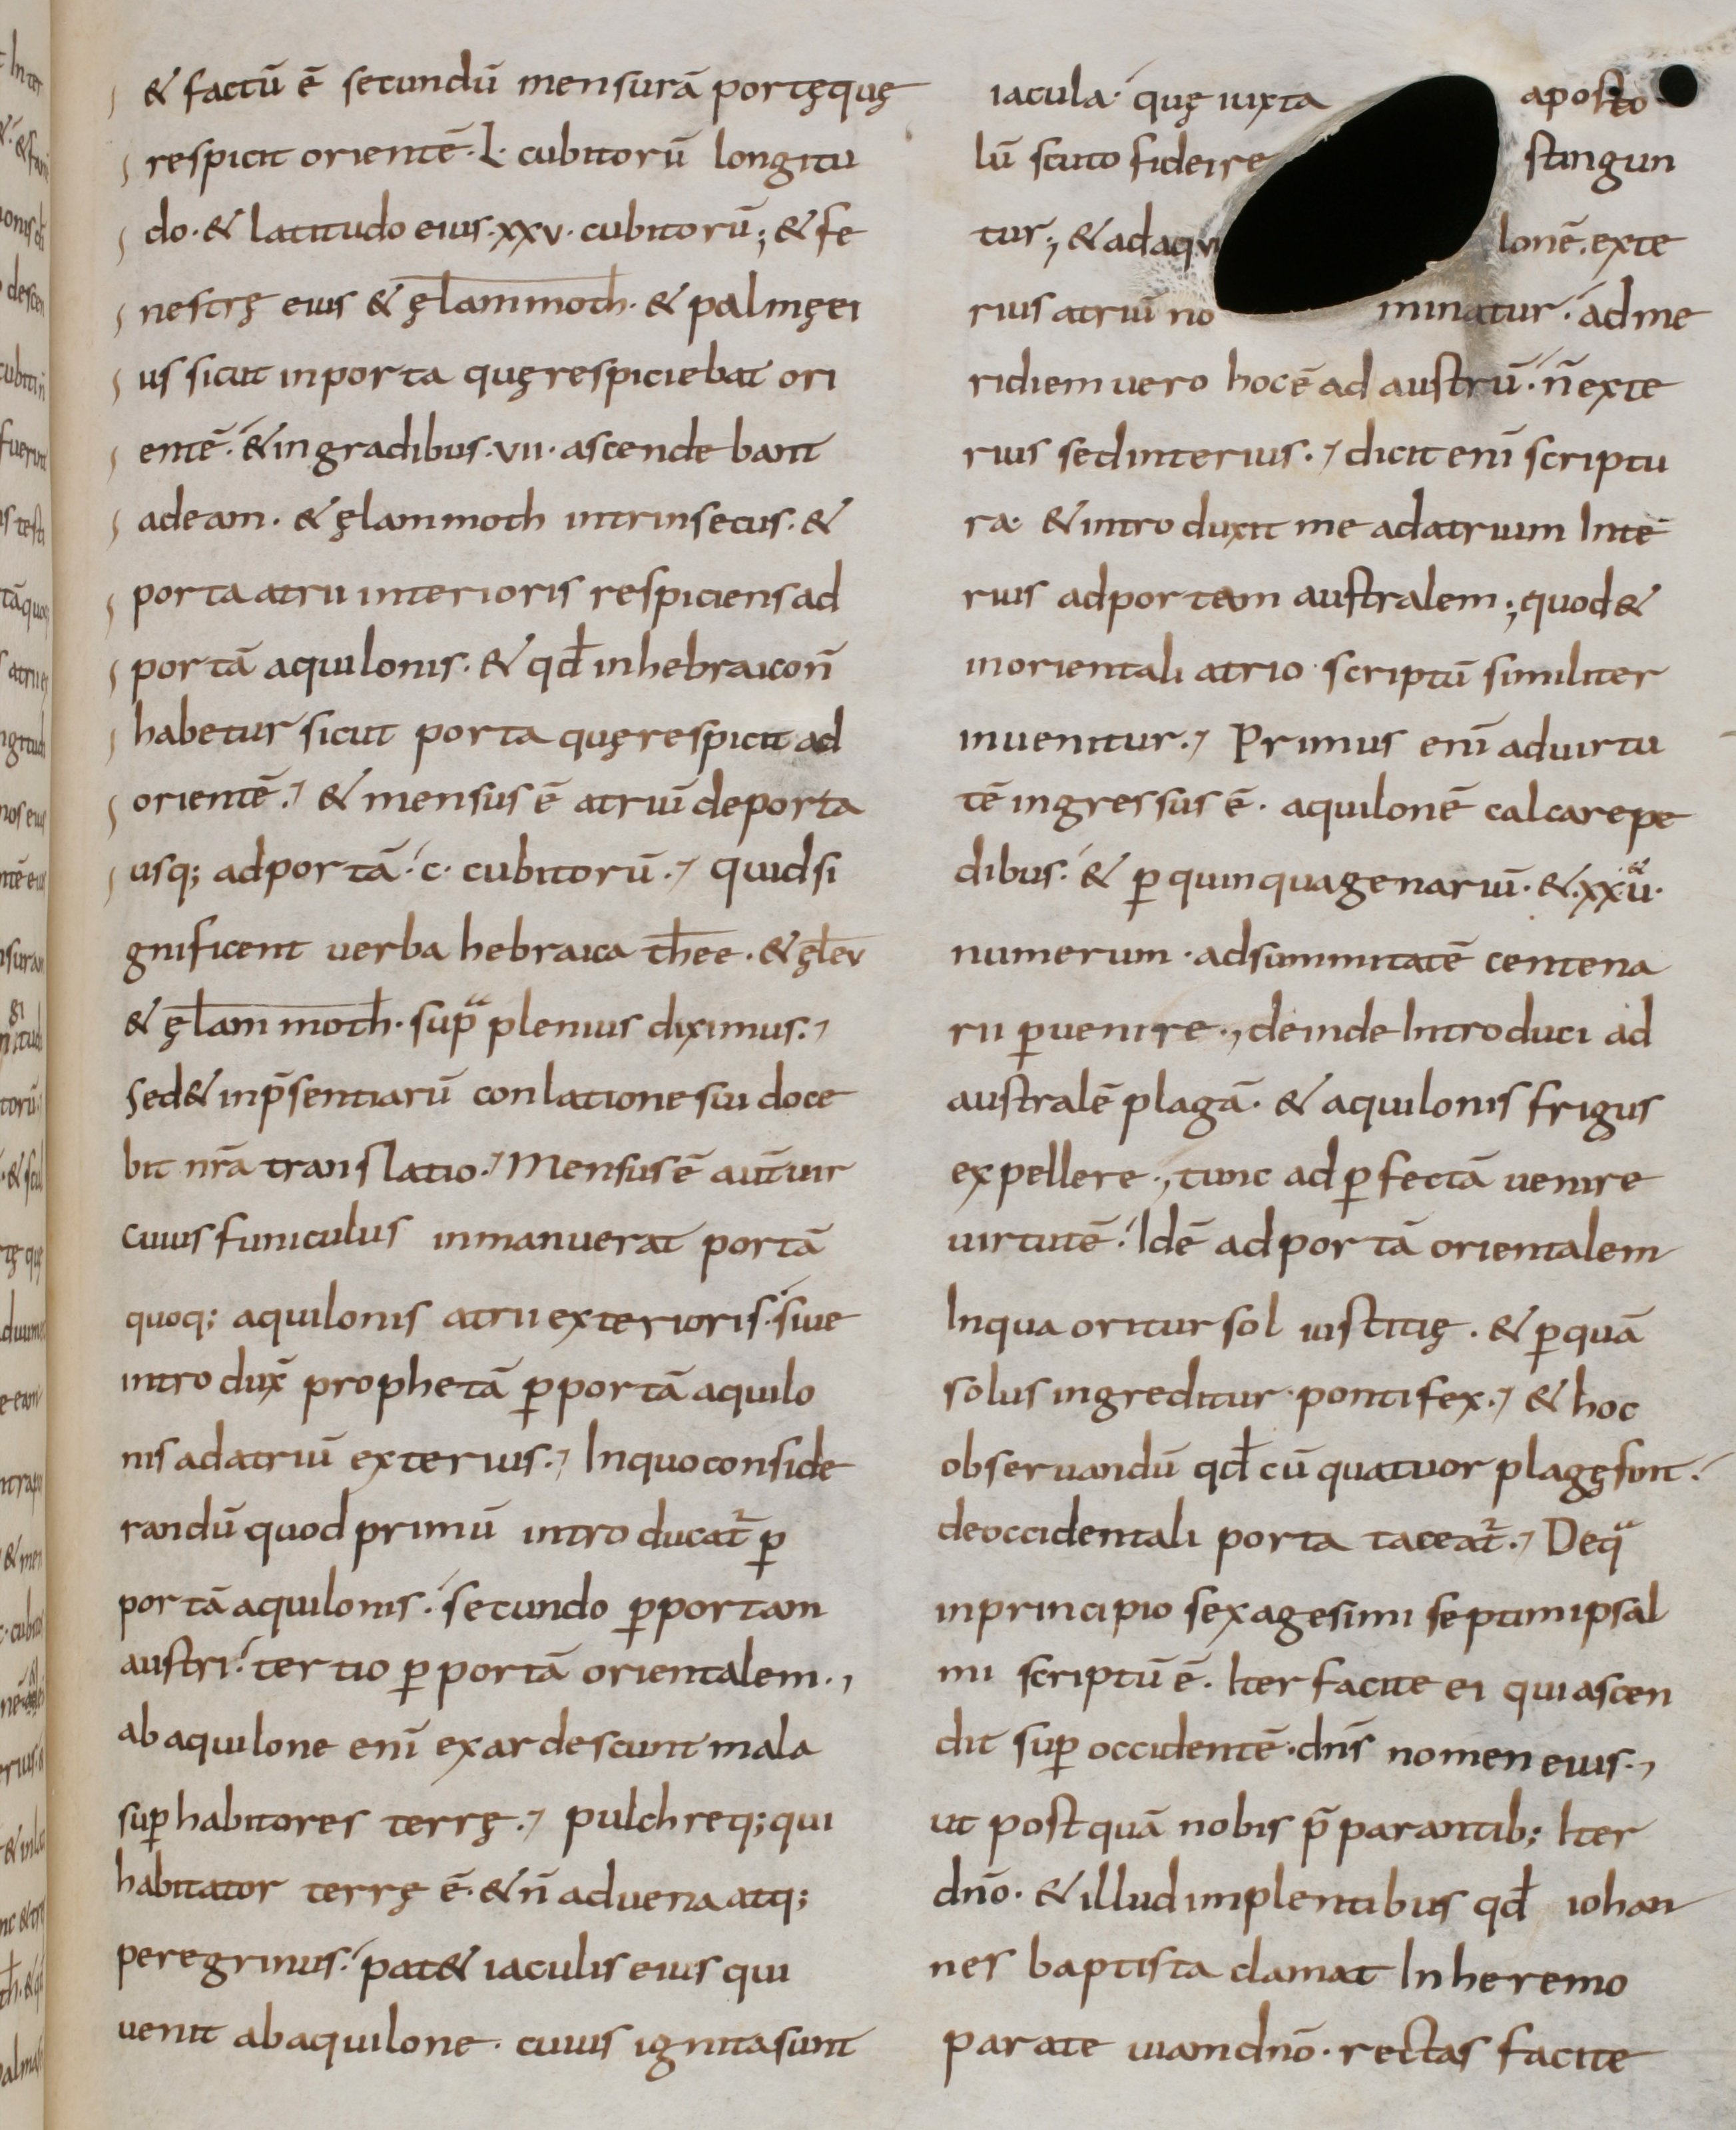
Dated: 800–899